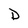
Character: D